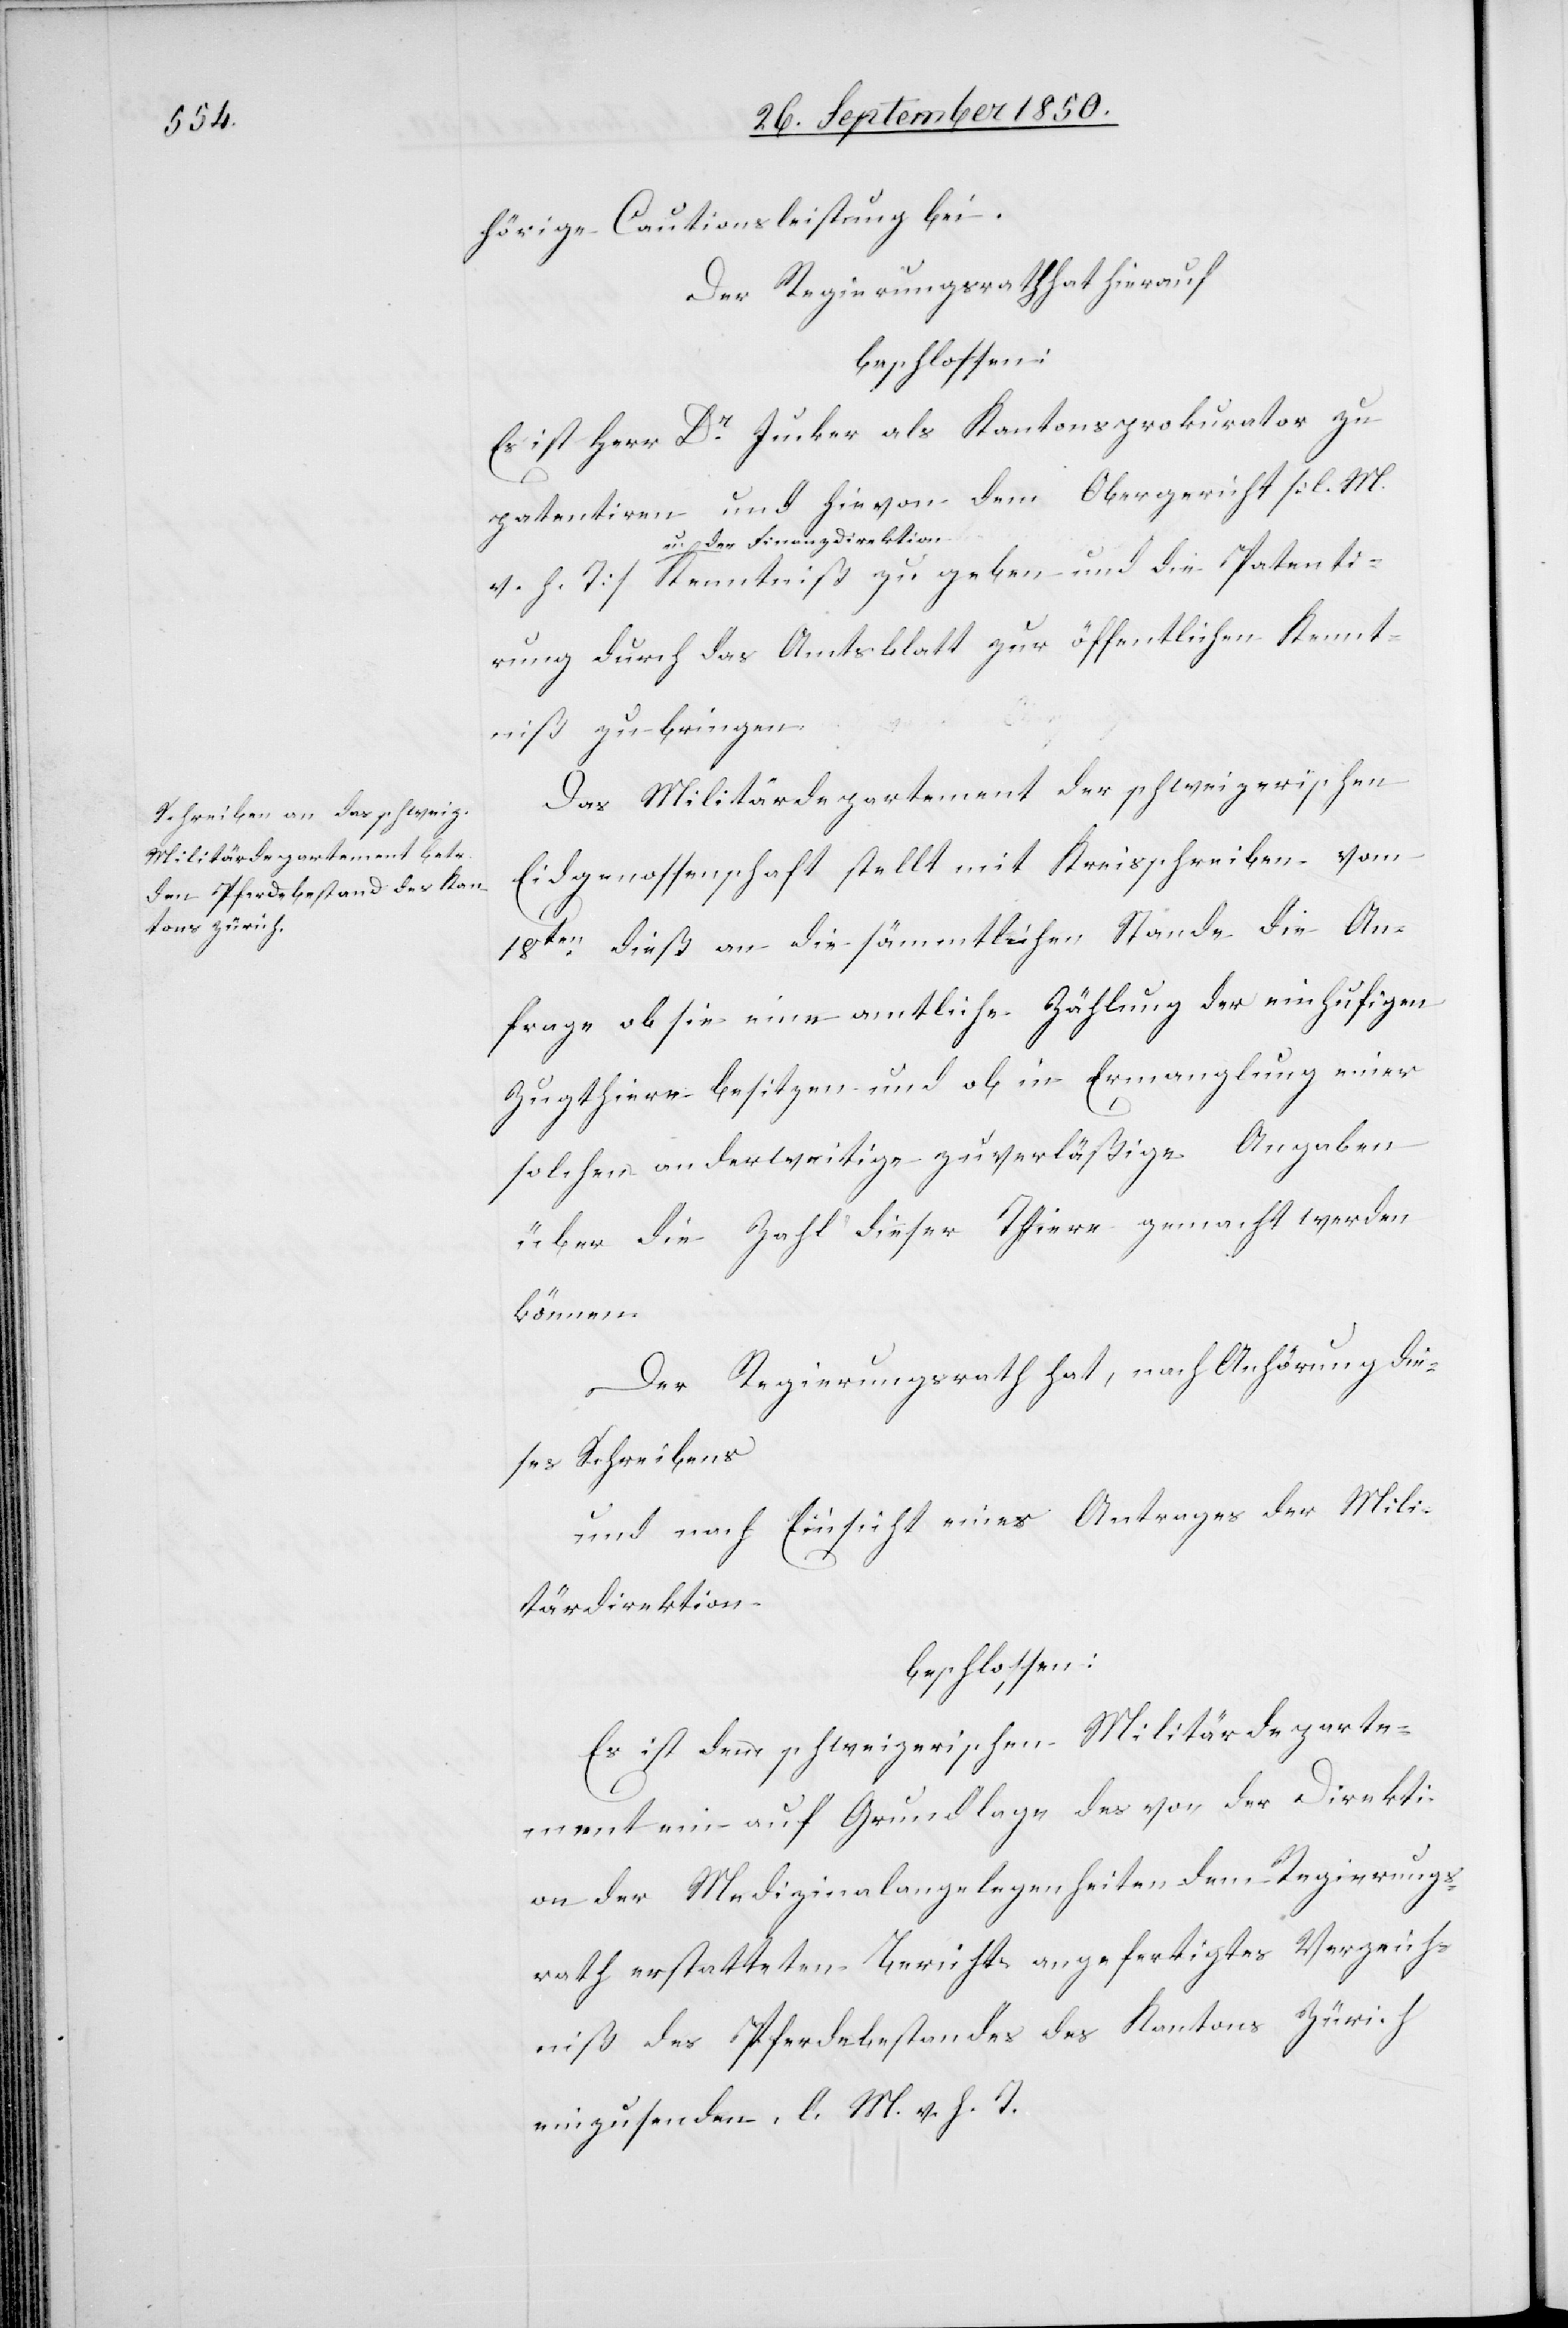
hörige Cautionsleistung bei.
Der Regierungsrath hat hierauf
beschlossen:
Es ist Herr Dr Jucker als Kantonsprokurator zu
patentiren und hievon dem Obergericht [l. M.
u. der Finanzdirektion
irung durch das Amtsblatt zur öffentlichen Kennt¬
Patent¬
niß zu bringen.
Das Militärdepartement der schweizerischen
Eidgenossenschaft stellt mit Kreisschreiben vom
18ten dieß an die sämmtlichen Stande die An¬
frage ob sie eine amtliche Zählung der einhufigen
Zugthiere besitzen und ob in Ermanglung einer
solchen anderweitige zuverläßige Angaben
über die Zahl dieser Thiere gemacht werden
können.
Der Regierungsrath hat, nach Anhörung die¬
ses Schreibens
und nach Einsicht eines Antrages der Mili¬
tärdirektion
beschlossen:
Es ist dem schweizerischen Militärdeparte¬
ment ein auf Grundlage des von der Direkti¬
on der Medizinalangelegenheiten dem Regierungs¬
rath erstatteten Bericht angefertigtes Verzeich¬
niß des Pferdebestandes des Kantons Zürich
einzusenden. l. M. v. h. T.